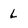
Character: l